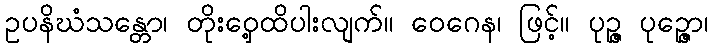
ဥပနိဃံသန္တော၊ တိုးဝှေ့ထိပါးလျက်။ ဝေဂေန၊ ဖြင့်။ ပုဉ္ဇ ပုဉ္ဇော၊